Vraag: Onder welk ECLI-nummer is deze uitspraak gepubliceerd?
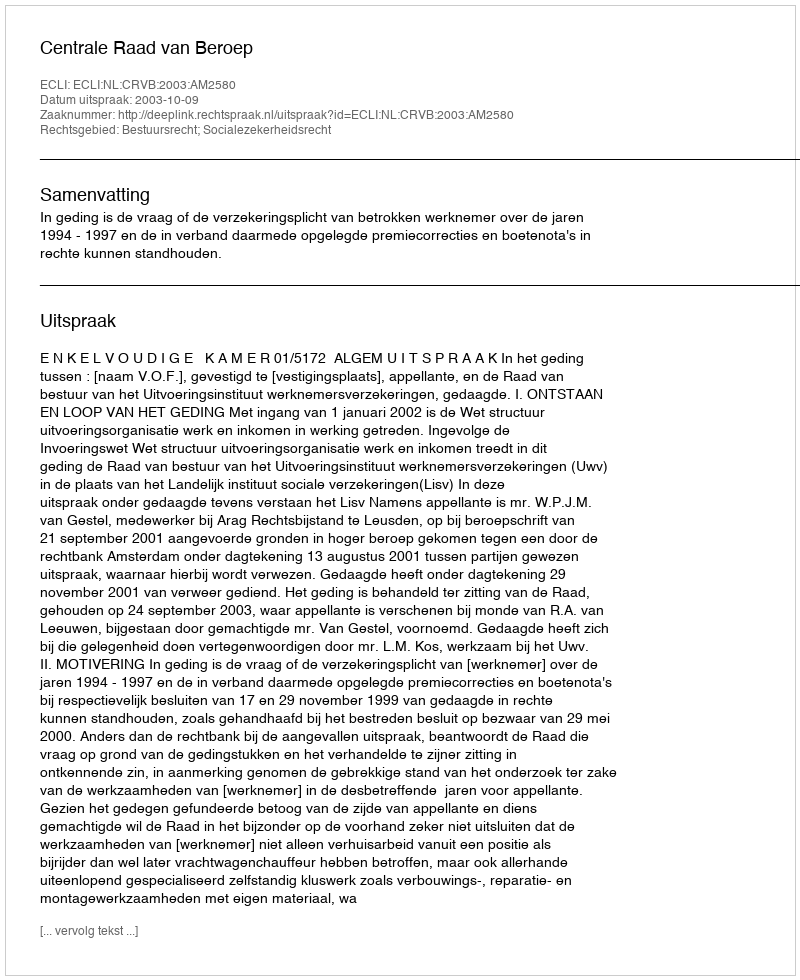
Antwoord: ECLI:NL:CRVB:2003:AM2580